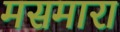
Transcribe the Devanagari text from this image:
मसमारा